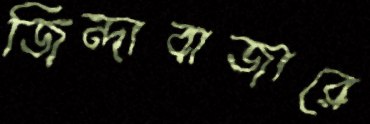
জিন্দাবাজারে